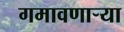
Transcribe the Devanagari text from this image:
गमावणाऱ्या